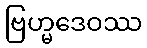
ဗြဟ္မဒေဝဿ